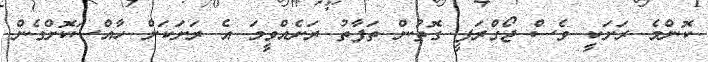
ކޮންމެ ރަށަކީ ވެސް ޖޯގްރަފީ ގޮތުން ތަފާތު ރަށެއްވީމަ އެ ރަށަކަށް ހާއްސަކޮށްގެން